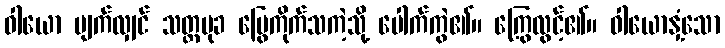
ဝါယော ပျက်လျှင် သတ္ထမုခ မြွေကိုက်သကဲ့သို့ ပေါက်ကွဲ၏။ ကြွေလွင့်၏။ ဝါယောနှံ့သော